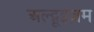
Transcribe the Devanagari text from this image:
अल्ट्रूइज़म